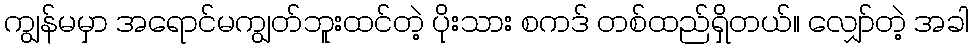
ကျွန်မမှာ အရောင်မကျွတ်ဘူးထင်တဲ့ ပိုးသား စကဒ် တစ်ထည်ရှိတယ်။ လျှော်တဲ့ အခါ